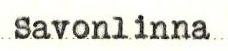
Savonlinna